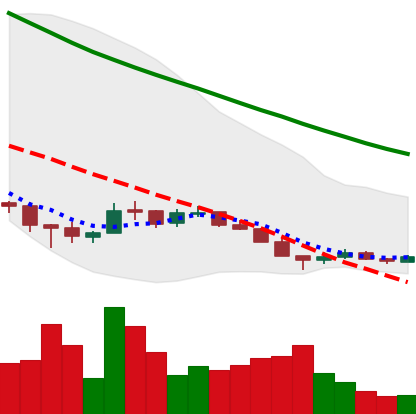
Ticker: ADA-USD
Chart end date: 2018-12-12
Forward return: 7.236%
Label: up_7plus